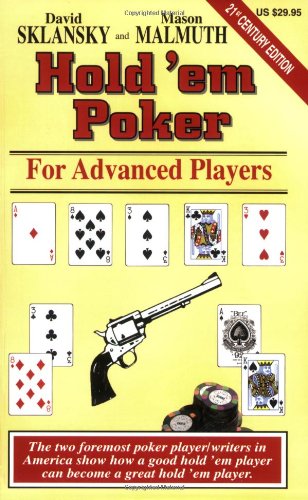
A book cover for Hold 'em Poker: For Advanced Players; David Sklansky; Humor & Entertainment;